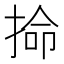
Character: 掵